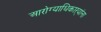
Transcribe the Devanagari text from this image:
आरोग्याधिकाऱ्यांना